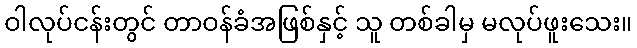
ဝါလုပ်ငန်းတွင် တာဝန်ခံအဖြစ်နှင့် သူ တစ်ခါမှ မလုပ်ဖူးသေး။